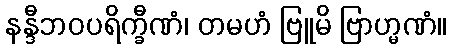
နန္ဒီဘဝပရိက္ခီဏံ၊ တမဟံ ဗြူမိ ဗြာဟ္မဏံ။